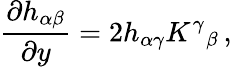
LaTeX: {\frac{\partial h_{\alpha\beta}}{\partial y}}=2h_{\alpha\gamma}K^{\gamma}{}_{\beta}\, ,